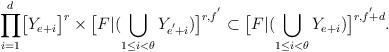
LaTeX: \begin{align*}\displaystyle{\prod_{i=1}^{d}}\big{[}Y_{e+i}\big{]}^{r}\times\big{[}F|(\bigcup_{1\leq i<\theta}Y_{e^{'}\!+i})\big{]}^{r,f^{'}}\subset\big{[}F|(\bigcup_{1\leq i<\theta}Y_{e+i})\big{]}^{r,f^{'}\!\!+d}.\end{align*}